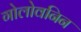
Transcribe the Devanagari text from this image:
गोलोवनिन